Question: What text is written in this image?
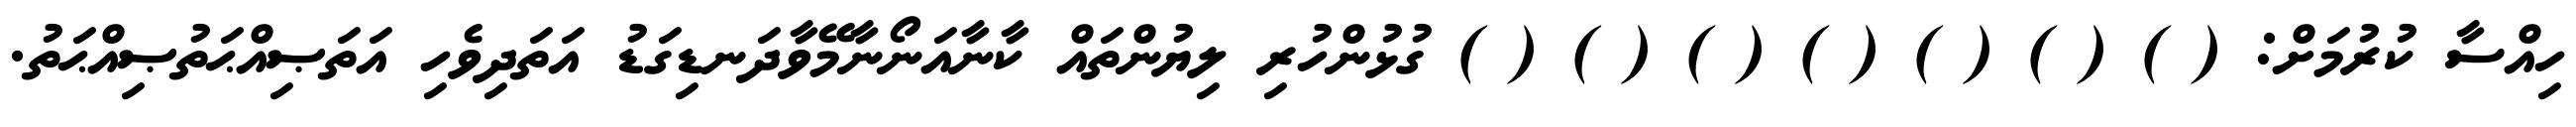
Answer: ހިއްސާ ކުރުމަށް: ( ) ( ) ( ) ( ) ( ) ( ) ( ) ގުޅުންހުރި ލިޔުންތައް ކާނާއަނޯނާމޭވާދަނޑިގަޑު އަތަދިވެހި އަތަޞިއްޙަތުޞިއްޙަތު.